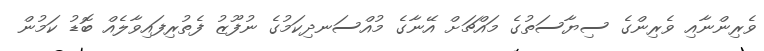
ވެރިންނާއި ވެރިންގެ ސިޔާސަތުގެ މައްޗަށް އޭނާގެ މުއްސަނދިކަމުގެ ނުފޫޒު ފެތުރިފައިވާލެއް ބޮޑު ކަމުން